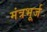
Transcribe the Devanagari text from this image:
मंत्रभूर्ज